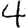
Digit: 4